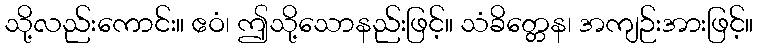
သို့လည်းကောင်း။ ဧဝံ၊ ဤသို့သောနည်းဖြင့်။ သံခိတ္တေန၊ အကျဉ်းအားဖြင့်။